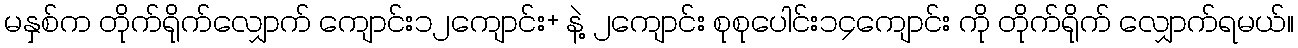
မနှစ်က တိုက်ရိုက်လျှောက် ကျောင်း၁၂ကျောင်း+ နဲ့ ၂ကျောင်း စုစုပေါင်း၁၄ကျောင်း ကို တိုက်ရိုက် လျှောက်ရမယ်။